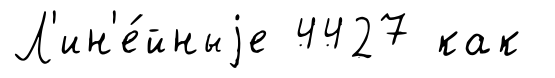
Л'ин'е́йныjе 4427 как